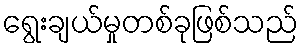
ရွေးချယ်မှုတစ်ခုဖြစ်သည်